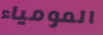
المومياء